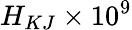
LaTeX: H_{KJ}\times 10^{9}